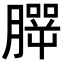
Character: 𦠍